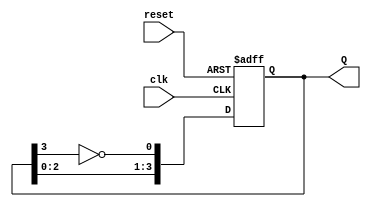
module JohnsonCounter #(
    parameter N = 4  // Set the number of bits for the Johnson counter
)(
    input wire clk,       // Clock input
    input wire reset,     // Asynchronous reset
    output reg [N-1:0] Q // Output state of the counter
);

// Internal signal for the inverted MSB
wire feedback;

always @(posedge clk or posedge reset) begin
    if (reset) begin
        Q <= 0; // Reset the counter to 0
    end else begin
        // Feedback the inverted MSB to the first flip-flop
        feedback = ~Q[N-1];
        Q <= {Q[N-2:0], feedback}; // Shift the counter state
    end
end

endmodule